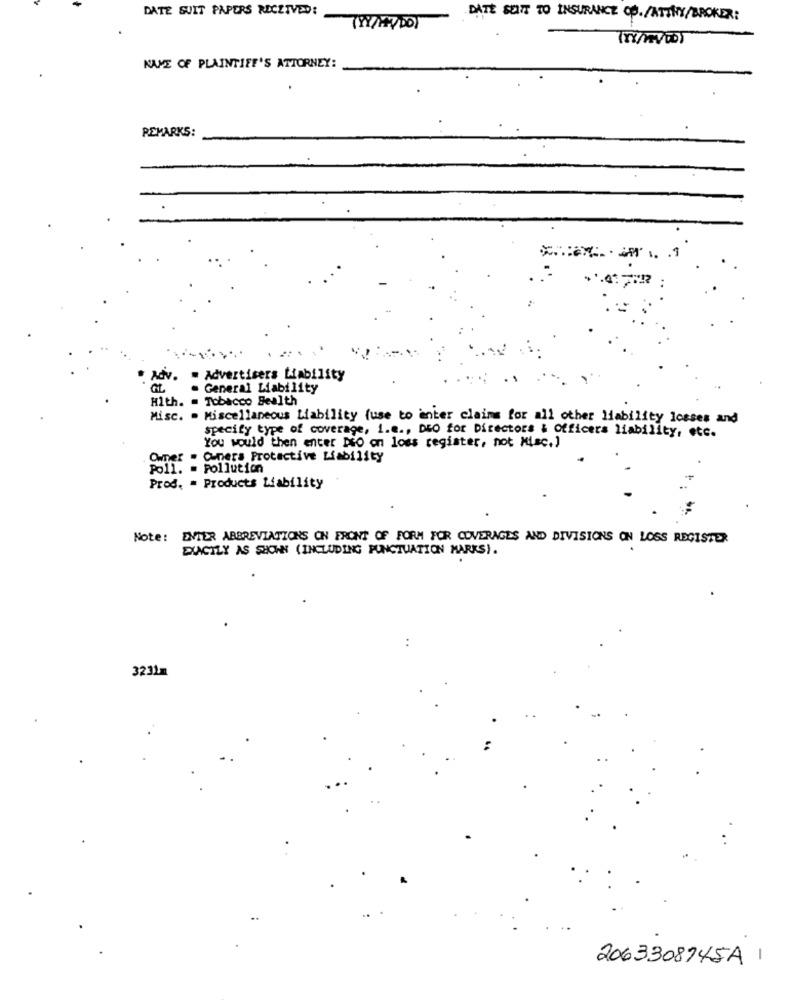
DATE SUIT PAPERS RECEIVED:
DATE SUITE TO INSURANCE Op. /ATTRY/BROKER:
(YY/HVDO)
NAME OF PLAINTIFF'S ATTORNEY:
REMARKS:
Adv.
. Advertisers Liability
General Liability
Hlth. = Tobacco Sealth
Misc. . Miscellaneous Liability fuse to inter claims for all other liability losses and
specify type of coverage, i.e ., DEO for Directors & Officers liability, etc.
You would then enter DO on loss register, not Misc.)
Ommer . Cners Protective Liability
Poll. = Pollution
Prod. = Products Liability
Note: ENTER ABBREVIATIONS ON FRONT OF FORM FOR COVERAGES AND DIVISIONS ON LOSS REGISTER
EXACTLY AS SHOWN (INCLUDING PUNCTUATION MARKS).
..
3231m
2063308745A 1